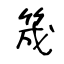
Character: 筬